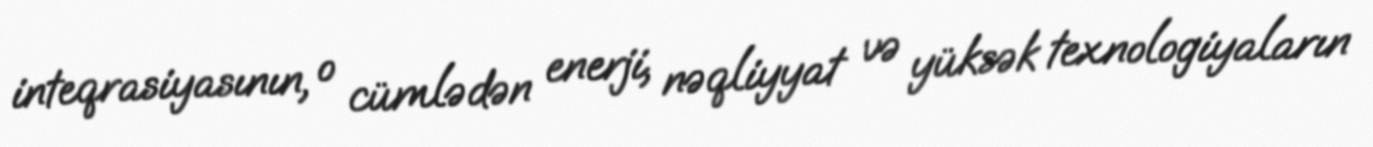
inteqrasiyasının, o cümlədən enerji, nəqliyyat və yüksək texnologiyaların